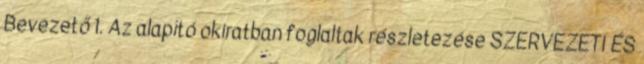
Bevezető 1. Az alapító okiratban foglaltak részletezése SZERVEZETI ÉS